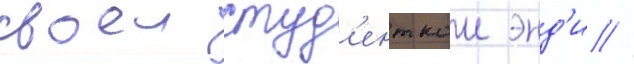
своеи студ'енткои энд'и //